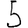
Digit: 5